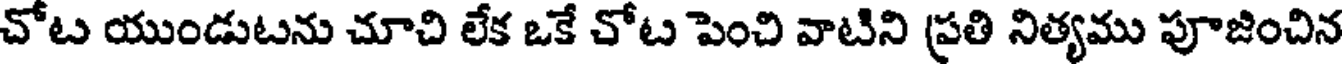
చోట యుండుటను చూచి లేక ఒకే చోట పెంచి వాటిని ప్రతి నిత్యము పూజించిన